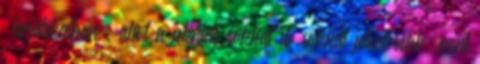
„űrjátékaiban”, ahol a jelenléte sokkal de sokkal jelentősebb, mint